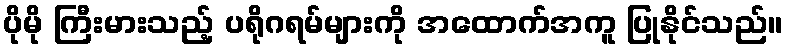
ပိုမို ကြီးမားသည့် ပရိုဂရမ်များကို အထောက်အကူ ပြုနိုင်သည်။